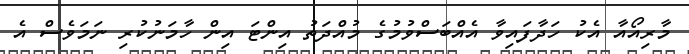
މާރިއޯއާ އެކު ހަދާފައިވާ އެއްބަސްވުމުގެ މުއްދަތު އިންޓަ އިން ހާމަނުކުރި ނަމަވެސް އެ